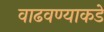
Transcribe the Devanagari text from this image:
वाढवण्याकडे